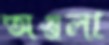
অঞ্জলা